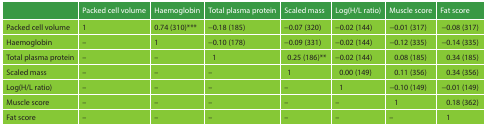
|  | Packed cell volume | Haemoglobin | Total plasma protein | Scaled mass | Log(H/L ratio) | Muscle score | Fat score |
 | --- | --- | --- | --- | --- | --- | --- | --- |
 | Packed cell volume | 1 | 0.74 (310)*** | −0.18 (185) | −0.07 (320) | −0.02 (144) | −0.01 (317) | −0.08 (317) |
 | Haemoglobin | – | 1 | −0.10 (178) | −0.09 (331) | −0.02 (144) | −0.12 (335) | −0.14 (335) |
 | Total plasma protein | – | – | 1 | 0.25 (186)** | −0.02 (144) | 0.08 (185) | 0.34 (185) |
 | Scaled mass | – | – | – | 1 | 0.00 (149) | 0.11 (356) | 0.34 (356) |
 | Log(H/L ratio) | – | – | – | – | 1 | −0.10 (149) | −0.01 (149) |
 | Muscle score | – | – | – | – | – | 1 | 0.18 (362) |
 | Fat score | – | – | – | – | – | – | 1 |